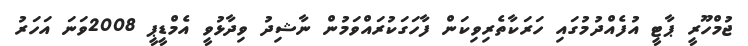
ޖުމްހޫރީ ޕާޓީ އުފެއްދުމުގައި ހަރަކާތެރިވިކަން ފާހަގަކުރައްވަމުން ނާޝިދު ވިދާޅުވީ އެމްޑީޕީ 2008ވަނަ އަހަރު